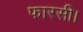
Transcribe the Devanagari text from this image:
फारसी।